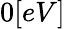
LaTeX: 0[eV]